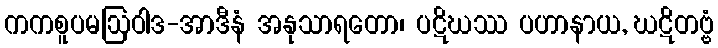
ကကစူပမဩဝါဒ-အာဒီနံ အနုသာရတော၊ ပဋိဃဿ ပဟာနာယ, ဃဋိတဗ္ဗံ